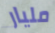
مليار